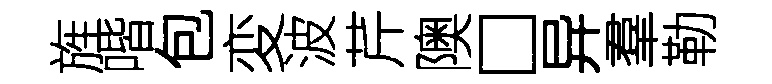
旌喈包変波芹隩□异羣勒